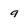
Character: 9